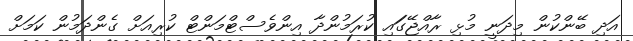
އަދި ބޭންކުން މިދަނީ މުޅި ރާއްޖޭގަައި ކުރަމުންދާ އިންވެސްޓްމަންޓް ކުރިއަށް ގެންދަމުން ކަމަށް